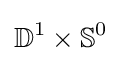
\mathbb {D} ^{1}\times \mathbb {S} ^{0}